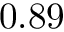
0 . 8 9